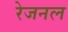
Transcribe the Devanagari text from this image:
रेजनल